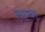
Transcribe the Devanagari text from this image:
लाम्वा